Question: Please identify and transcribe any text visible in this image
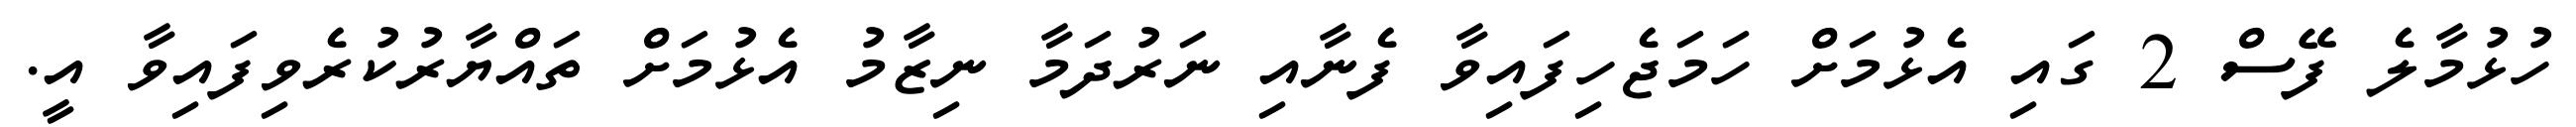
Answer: ހުޅުމާލެ ފޭސް 2 ގައި އެޅުމަށް ހަމަޖެހިފައިވާ ފެނާއި ނަރުދަމާ ނިޒާމު އެޅުމަށް ތައްޔާރުކުރެވިފައިވާ އީ.